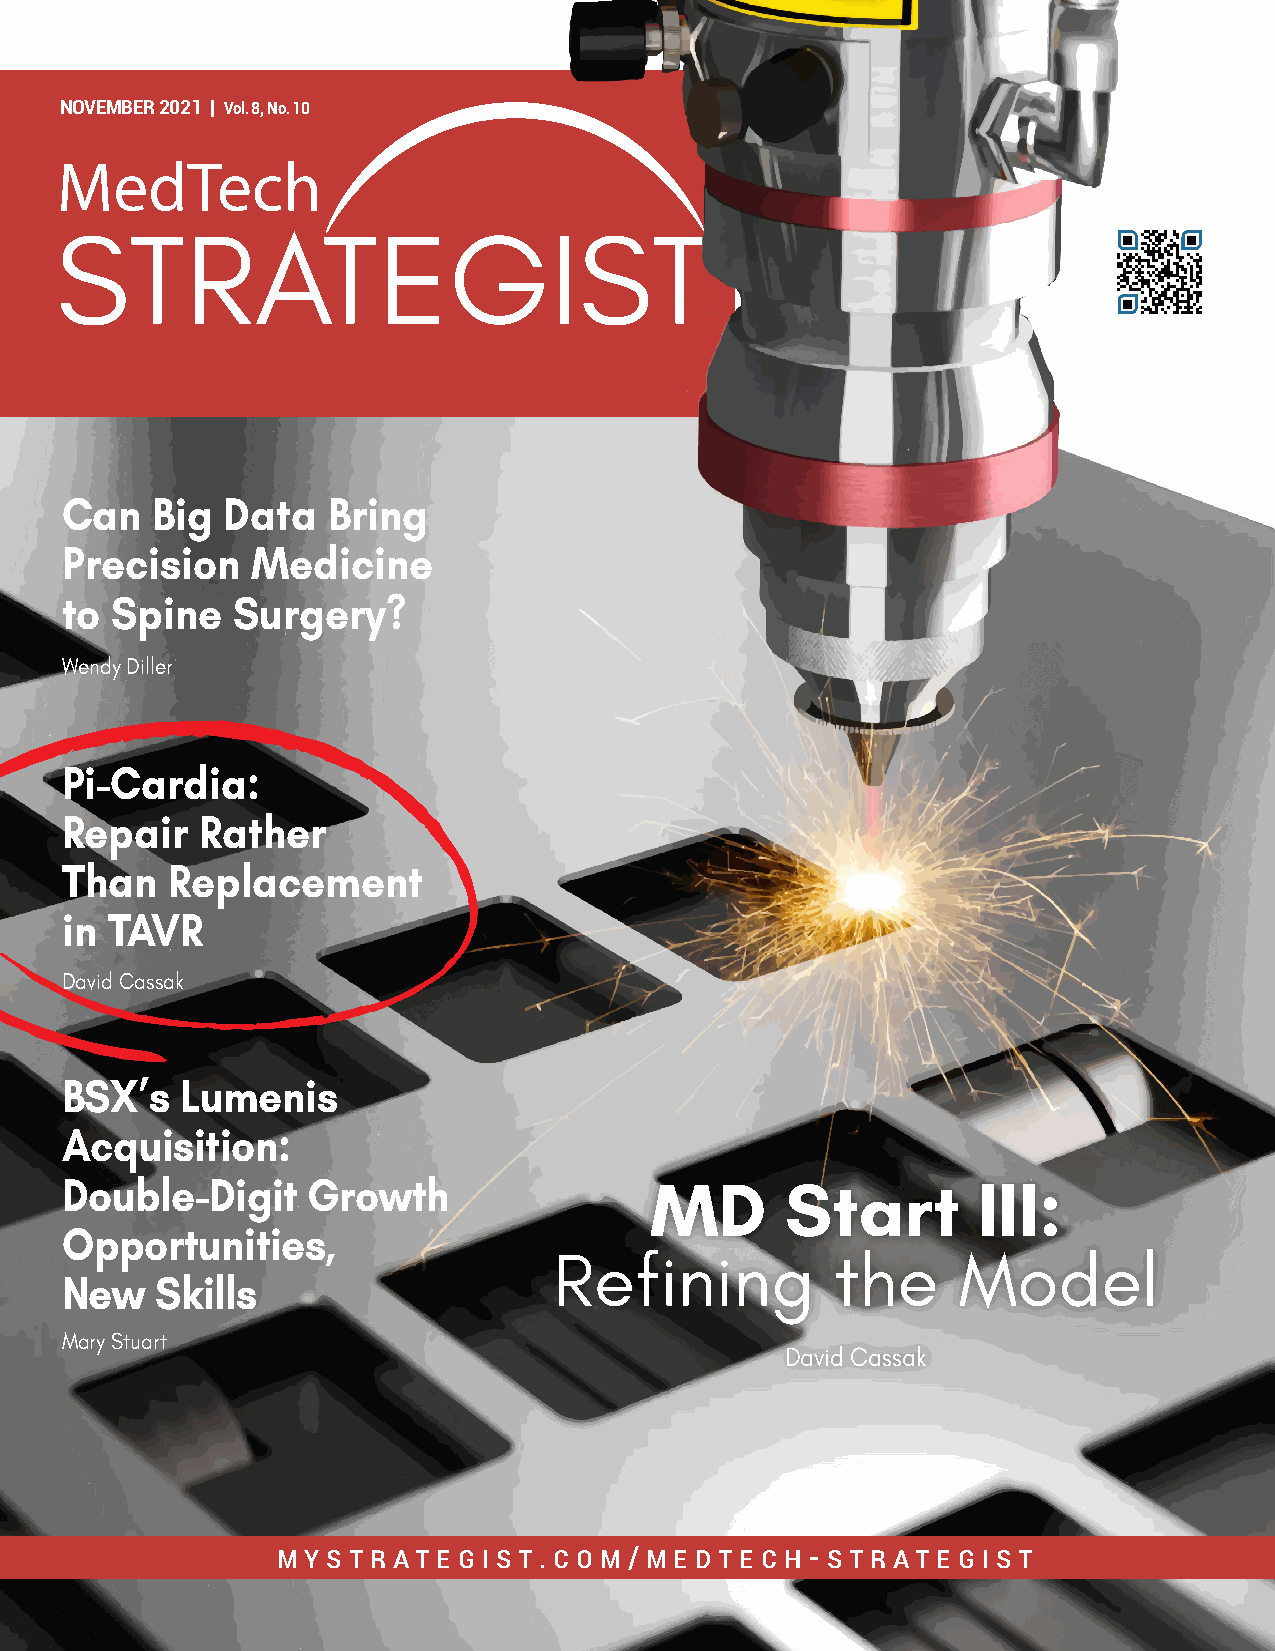
NOVEMBER 2021 | Vol. 8, No. 10
 MMeeddTTeecchh
 SSTTRRAATTEEGGIISSTT
 Can   Big  Data   Bring
 Precision    Medicine
 to Spine   Surgery?
 Wendy Diller
 Pi-Cardia:
 Repair   Rather
 Than   Replacement
 in TAVR
 David Cassak
 BSX’s   Lumenis
 Acquisition:
 Double-Digit    Growth                 MD       Start        III:
 Opportunities,
 Refining          the     Model
 New   Skills
 Mary Stuart
 David Cassak
 MMMyyySSStttrrraaattteeegggiiiSSSttt. c.. ccoMooMM/M//eMMdeetdde ctt eehcc-Shht--rSSatttrreaagttiee gg iiSSSttt